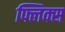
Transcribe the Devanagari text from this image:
फ्लिक्स